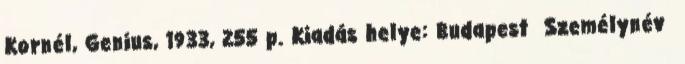
Kornél, Genius, 1933, 255 p. Kiadás helye: Budapest Személynév